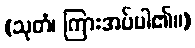
(သုတံ၊ ကြားအပ်ပါ၏။)